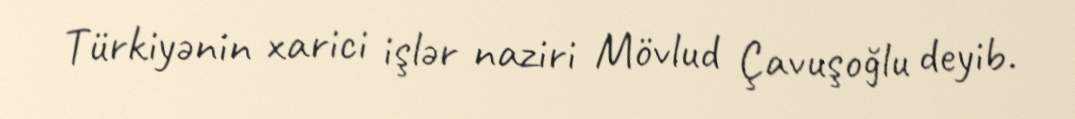
Türkiyənin xarici işlər naziri Mövlud Çavuşoğlu deyib.